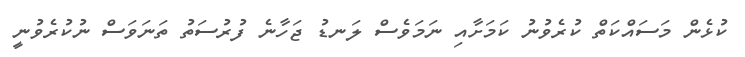
ކުޅެން މަސައްކަތް ކުރެވުނު ކަމަށާއި ނަމަވެސް ލަނޑު ޖަހާނެ ފުރުސަތު ތަނަވަސް ނުކުރެވުނީ